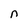
Character: n